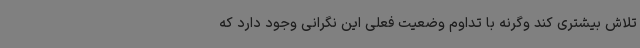
تلاش بیشتری کند وگرنه با تداوم وضعیت فعلی این نگرانی وجود دارد که